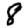
Digit: 8